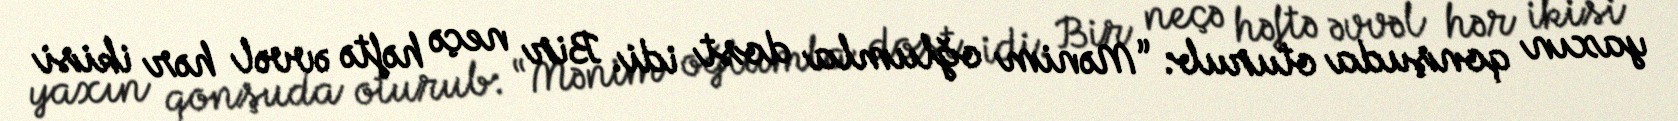
yaxın qonşuda oturub: “Mənim oğlumla dost idi. Bir neçə həftə əvvəl hər ikisi